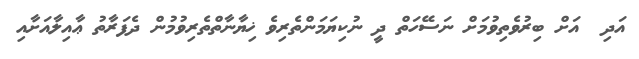
އަދި  އަށް ބިރުވެތިވުމަށް ނަސޭހަތް ދީ ނުކިޔަމަންތެރިވެ ޚިޔާނާތްތެރިވުމުން ދެފަރާތު ޢާއިލާއަށާއި